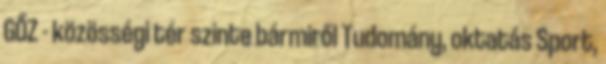
GŐZ - közösségi tér szinte bármiről Tudomány, oktatás Sport,